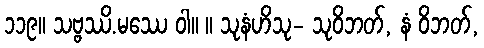
၁၁၉။ သဗ္ဗဿိ.မဿေ ဝါ။ ။ သုနံဟိသု- သုဝိဘတ်, နံ ဝိဘတ်,